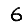
Digit: 6